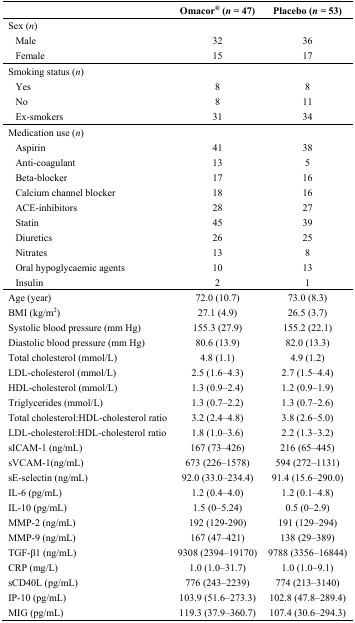
<table><thead><tr><td></td><td><b>Omacor<sup>®</sup> (<i>n</i> = 47)</b></td><td><b>Placebo (<i>n</i> = 53)</b></td></tr></thead><tbody><tr><td>Sex (<i>n</i>)</td><td></td><td></td></tr><tr><td> Male</td><td>32</td><td>36</td></tr><tr><td> Female</td><td>15</td><td>17</td></tr><tr><td>Smoking status (<i>n</i>)</td><td></td><td></td></tr><tr><td> Yes</td><td>8</td><td>8</td></tr><tr><td> No</td><td>8</td><td>11</td></tr><tr><td> Ex-smokers</td><td>31</td><td>34</td></tr><tr><td>Medication use (<i>n</i>)</td><td></td><td></td></tr><tr><td> Aspirin</td><td>41</td><td>38</td></tr><tr><td> Anti-coagulant</td><td>13</td><td>5</td></tr><tr><td> Beta-blocker</td><td>17</td><td>16</td></tr><tr><td> Calcium channel blocker</td><td>18</td><td>16</td></tr><tr><td> ACE-inhibitors</td><td>28</td><td>27</td></tr><tr><td> Statin</td><td>45</td><td>39</td></tr><tr><td> Diuretics</td><td>26</td><td>25</td></tr><tr><td> Nitrates</td><td>13</td><td>8</td></tr><tr><td> Oral hypoglycaemic agents</td><td>10</td><td>13</td></tr><tr><td> Insulin</td><td>2</td><td>1</td></tr><tr><td>Age (year)</td><td>72.0 (10.7)</td><td>73.0 (8.3)</td></tr><tr><td>BMI (kg/m<sup>2</sup>)</td><td>27.1 (4.9)</td><td>26.5 (3.7)</td></tr><tr><td>Systolic blood pressure (mm Hg)</td><td>155.3 (27.9)</td><td>155.2 (22.1)</td></tr><tr><td>Diastolic blood pressure (mm Hg)</td><td>80.6 (13.9)</td><td>82.0 (13.3)</td></tr><tr><td>Total cholesterol (mmol/L)</td><td>4.8 (1.1)</td><td>4.9 (1.2)</td></tr><tr><td>LDL-cholesterol (mmol/L)</td><td>2.5 (1.6–4.3)</td><td>2.7 (1.5–4.4)</td></tr><tr><td>HDL-cholesterol (mmol/L)</td><td>1.3 (0.9–2.4)</td><td>1.2 (0.9–1.9)</td></tr><tr><td>Triglycerides (mmol/L)</td><td>1.3 (0.7–2.2)</td><td>1.3 (0.7–2.6)</td></tr><tr><td>Total cholesterol:HDL-cholesterol ratio</td><td>3.2 (2.4–4.8)</td><td>3.8 (2.6–5.0)</td></tr><tr><td>LDL-cholesterol:HDL-cholesterol ratio</td><td>1.8 (1.0–3.6)</td><td>2.2 (1.3–3.2)</td></tr><tr><td>sICAM-1 (ng/mL)</td><td>167 (73–426)</td><td>216 (65–445)</td></tr><tr><td>sVCAM-1(ng/mL)</td><td>673 (226–1578)</td><td>594 (272–1131)</td></tr><tr><td>sE-selectin (ng/mL)</td><td>92.0 (33.0–234.4)</td><td>91.4 (15.6–290.0)</td></tr><tr><td>IL-6 (pg/mL)</td><td>1.2 (0.4–4.0)</td><td>1.2 (0.1–4.8)</td></tr><tr><td>IL-10 (pg/mL)</td><td>1.5 (0–5.24)</td><td>0.5 (0–2.9)</td></tr><tr><td>MMP-2 (ng/mL)</td><td>192 (129-290)</td><td>191 (129–294)</td></tr><tr><td>MMP-9 (ng/mL)</td><td>167 (47–421)</td><td>138 (29–389)</td></tr><tr><td>TGF-β1 (ng/mL)</td><td>9308 (2394–19170)</td><td>9788 (3356–16844)</td></tr><tr><td>CRP (mg/L)</td><td>1.0 (1.0–31.7)</td><td>1.0 (1.0–9.1)</td></tr><tr><td>sCD40L (pg/mL)</td><td>776 (243–2239)</td><td>774 (213–3140)</td></tr><tr><td>IP-10 (pg/mL)</td><td>103.9 (51.6–273.3)</td><td>102.8 (47.8–289.4)</td></tr><tr><td>MIG (pg/mL)</td><td>119.3 (37.9–360.7)</td><td>107.4 (30.6–294.3)</td></tr></tbody></table>